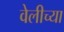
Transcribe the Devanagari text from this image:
वेलीच्या